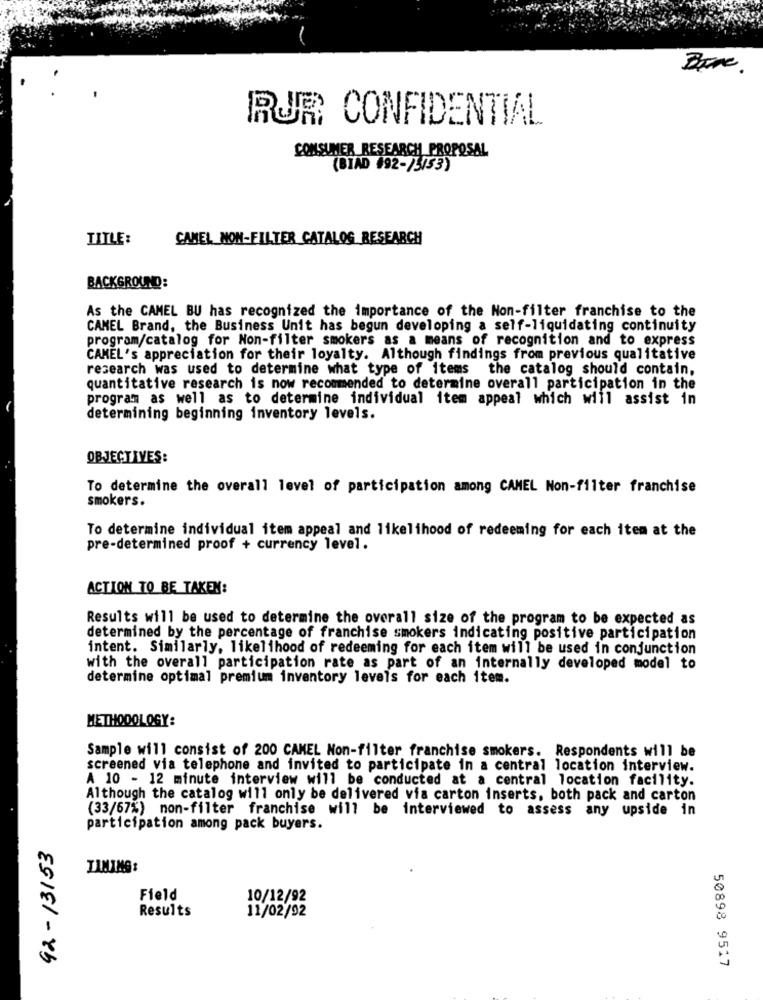
Bone
RUR CONFIDENTIAL
CONSUMER RESEARCH PROPOSAL
(BIAD #92-15/53)
TITLE:
CAMEL NON-FILTER CATALOG RESEARCH
BACKGROUND:
As the CAMEL BU has recognized the importance of the Non-filter franchise to the
CAMEL Brand, the Business Unit has begun developing a self-liquidating continuity
program/catalog for Non-filter smokers as a means of recognition and to express
CAMEL's appreciation for their loyalty. Although findings from previous qualitative
research was used to determine what type of items the catalog should contain.
quantitative research is now recommended to determine overall participation in the
program as well as to determine individual item appeal which will assist in
determining beginning inventory levels.
OBJECTIVES:
To determine the overall level of participation among CAMEL Non-filter franchise
smokers.
To determine individual item appeal and likelihood of redeeming for each item at the
pre-determined proof + currency level.
ACTION TO BE TAKEN:
Results will be used to determine the overall size of the program to be expected as
determined by the percentage of franchise smokers indicating positive participation
intent. Similarly, likelihood of redeeming for each item will be used in conjunction
with the overall participation rate as part of an internally developed model to
determine optimal premium inventory levels for each item.
METHODOLOGY:
Sample will consist of 200 CAMEL Non-filter franchise smokers. Respondents will be
screened via telephone and invited to participate in a central location interview.
A 10 - 12 minute interview will be conducted at a central location facility.
Although the catalog will only be delivered via carton inserts, both pack and carton
(33/67%) non-filter franchise will be interviewed to assess any upside in
participation among pack buyers.
92-13153
LAMIMG:
Field
10/12/92
Results
11/02/92
50898 9517